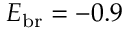
E _ { \mathrm { b r } } = - 0 . 9